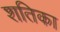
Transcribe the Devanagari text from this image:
शतिका